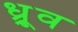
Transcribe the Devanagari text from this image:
ध्र्रूव